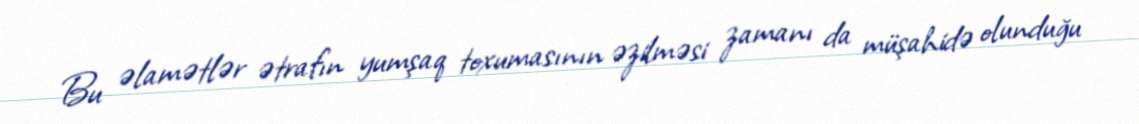
Bu əlamətlər ətrafın yumşaq toxumasının əzilməsi zamanı da müşahidə olunduğu